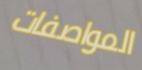
المواصفات